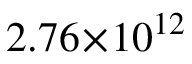
2 . 7 6 \! \times \! 1 0 ^ { 1 2 }